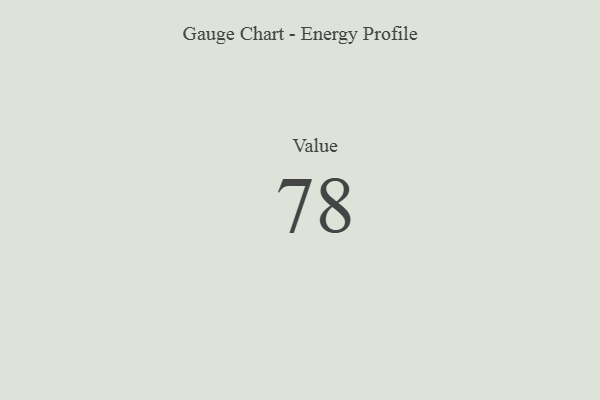
{"axis": {"x": "Metric", "y": "Value"}, "legend": [""], "data": [{"x": "Value", "y": 78, "type": ""}]}